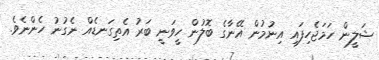
ޝަލީން ހަމަޖެހިފައި އިނުމުން އޭނާގެ ބޮލުން ހީވަނީ ބަރު އެތިގަނޑެއް ނެގުނު ހެންނެވެ.